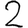
Digit: 2